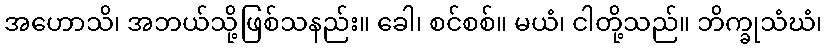
အဟောသိ၊ အဘယ်သို့ဖြစ်သနည်း။ ခေါ၊ စင်စစ်။ မယံ၊ ငါတို့သည်။ ဘိက္ခုသံဃံ၊